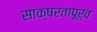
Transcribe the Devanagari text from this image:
साक्षरतापूर्व